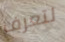
لتعرف